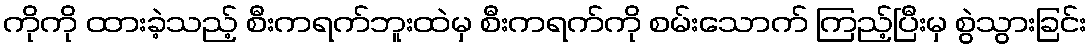
ကိုကို ထားခဲ့သည့် စီးကရက်ဘူးထဲမှ စီးကရက်ကို စမ်းသောက် ကြည့်ပြီးမှ စွဲသွားခြင်း